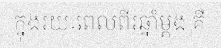
ក្នុងរយៈពេលពីរឆ្នាំម្តង គឺ